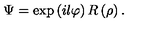
\Psi = \exp \left( i l \varphi \right) R \left( \rho \right) .